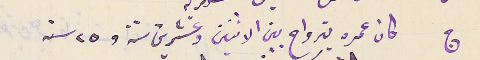
ج كان عمره يترواح بين الاثنين وعشرين سنة و٢٥ سنه